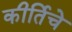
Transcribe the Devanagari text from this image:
कीर्तिचे